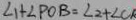
\angle 1 + \angle P O B = \angle 2 + \angle C